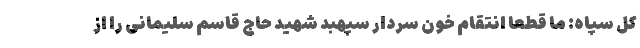
کل سپاه: ما قطعا انتقام خون سردار سپهبد شهید حاج قاسم سلیمانی را از